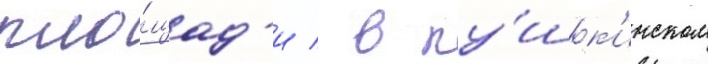
пло́щад'и / в пу́шк'инском